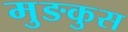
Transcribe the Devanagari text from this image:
मुङकुस